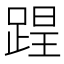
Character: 𨂈